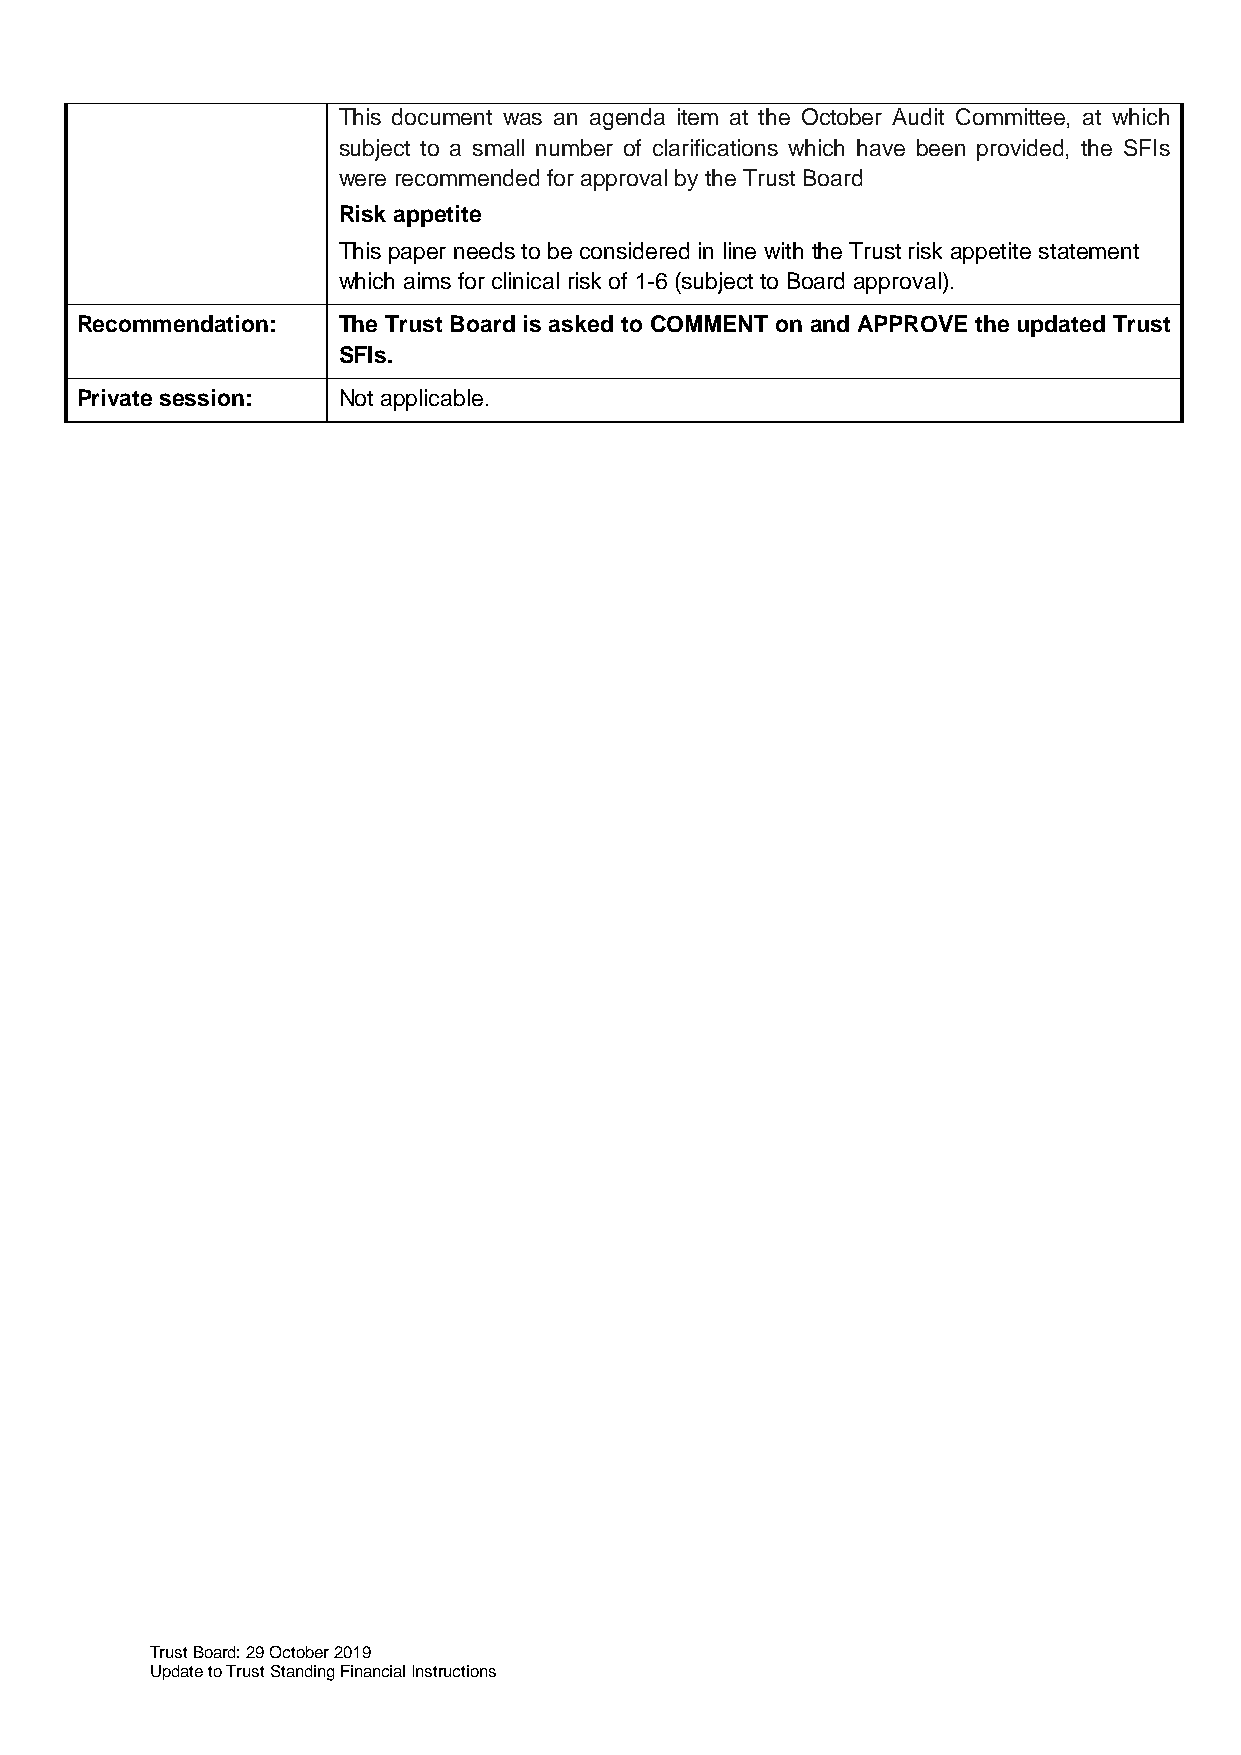
This document was an agenda item at the October Audit Committee, at which
 subject to a small number of clarifications which have been provided, the SFIs
 were recommended for approval by the Trust Board
 Risk appetite
 This paper needs to be considered in line with the Trust risk appetite statement
 which aims for clinical risk of 1-6 (subject to Board approval).
 Recommendation:  The Trust Board is asked to COMMENT on and APPROVE the updated Trust
 SFIs.
 Private session: Not applicable.
 Trust Board: 29 October 2019
 Update to Trust Standing Financial Instructions